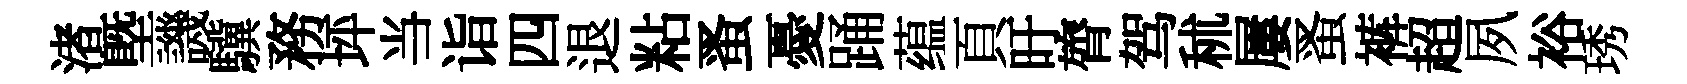
渚塈譏驥務坪当诣四退粘蚤憂踊蕴頁旴膂驾秫屢蚤裤超夙裕琇